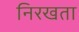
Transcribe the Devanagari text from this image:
निरखता